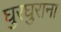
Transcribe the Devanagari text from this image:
घुरघुराना